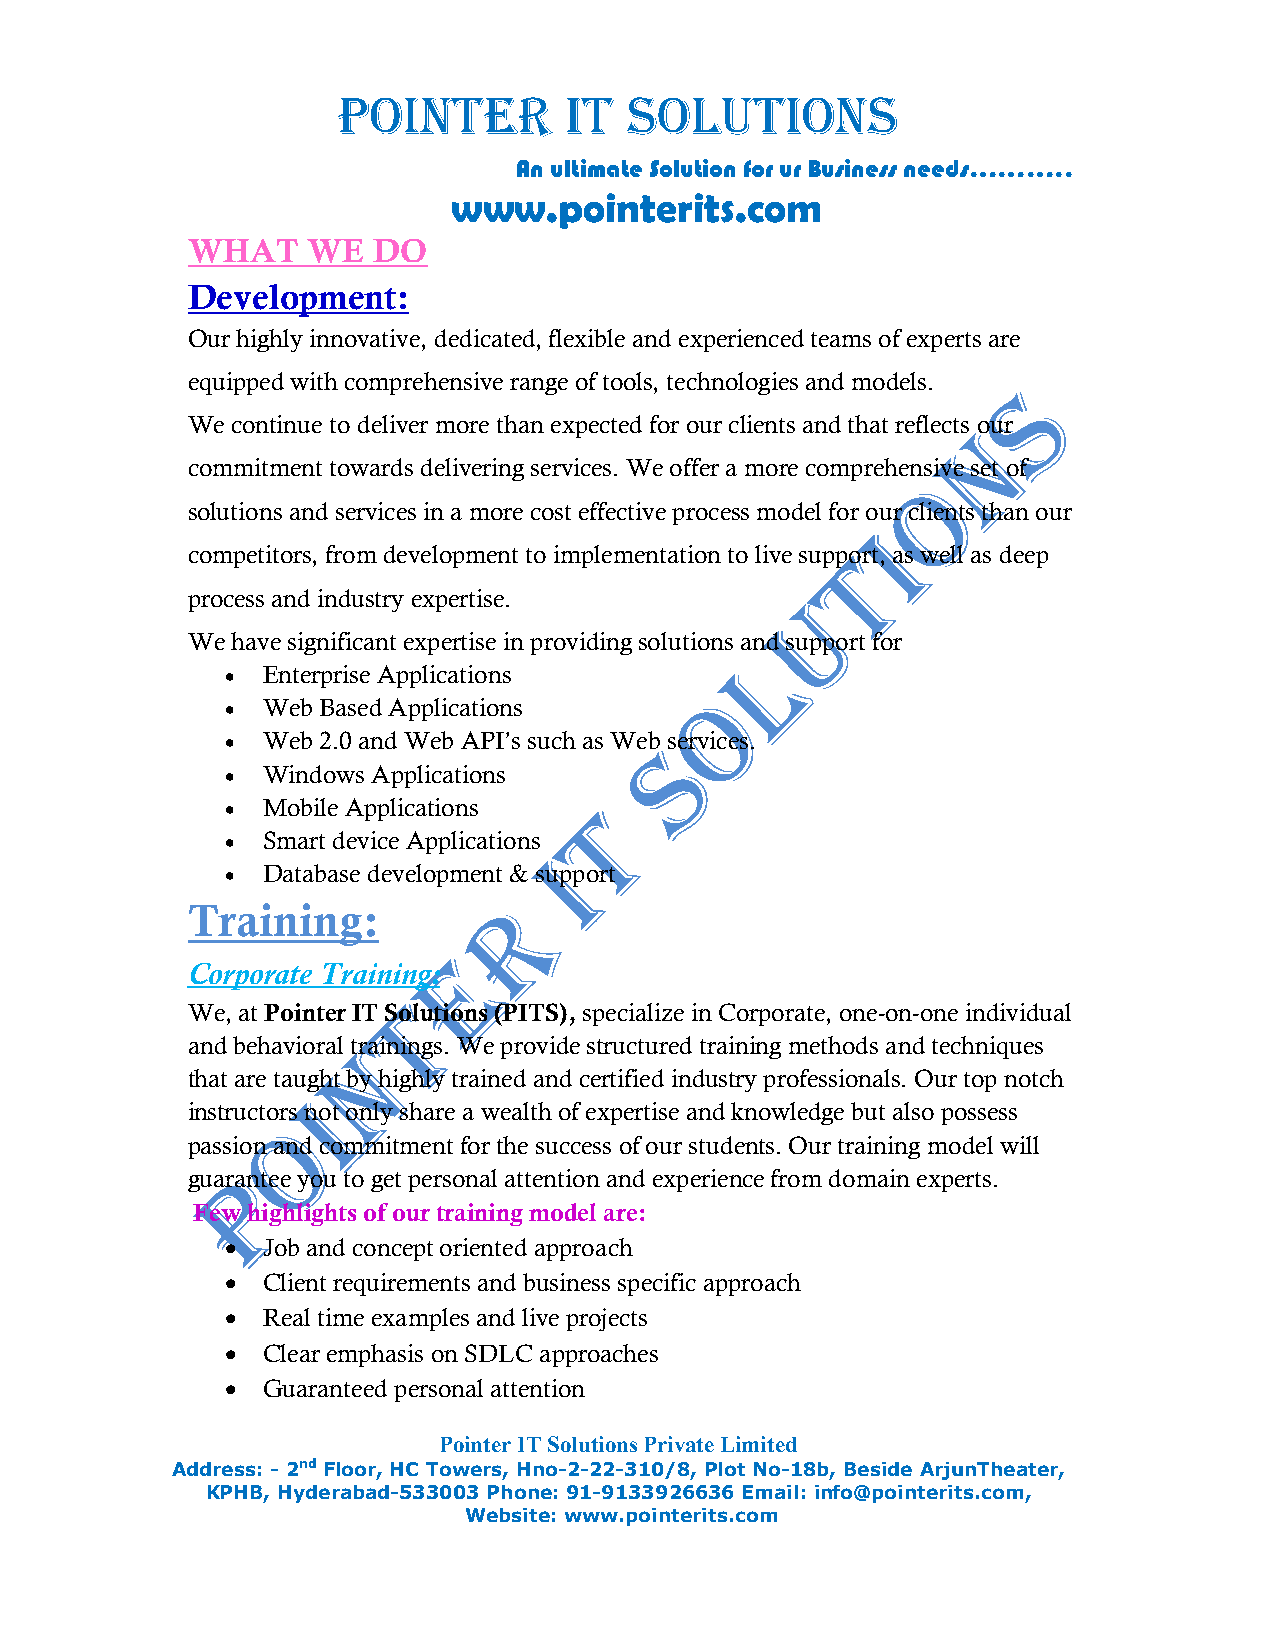
POINTER        IT   SOLUTIONS
 An ultimate Solution for ur Business needs………..
 www.pointerits.com
 WHAT    WE   DO
 Development:
 Our highly innovative, dedicated, flexible and experienced teams of experts are
 equipped with comprehensive range of tools, technologies and models.
 We continue to deliver more than expected for our clients and that reflects our
 commitment towards delivering services. We offer a more comprehensive set of
 solutions and services in a more cost effective process model for our clients than our
 competitors, from development to implementation to live support, as well as deep
 process and industry expertise.
 We have significant expertise in providing solutions and support for
 • Enterprise Applications
 • Web Based Applications
 • Web 2.0 and Web API’s such as Web services.
 • Windows Applications
 • Mobile Applications
 • Smart device Applications
 • Database development & support
 Training:
 Corporate Training:
 We, at Pointer IT Solutions (PITS), specialize in Corporate, one-on-one individual
 and behavioral trainings. We provide structured training methods and techniques
 that are taught by highly trained and certified industry professionals. Our top notch
 instructors not only share a wealth of expertise and knowledge but also possess
 passion and commitment for the success of our students. Our training model will
 guarantee you to get personal attention and experience from domain experts.
 Few highlights of our training model are:
 • Job and concept oriented approach
 • Client requirements and business specific approach
 • Real time examples and live projects
 • Clear emphasis on SDLC approaches
 • Guaranteed personal attention
 Pointer IT Solutions Private Limited
 Address: - 2nd Floor, HC Towers, Hno-2-22-310/8, Plot No-18b, Beside ArjunTheater,
 KPHB, Hyderabad-533003 Phone: 91-9133926636 Email: info@pointerits.com,
 Website: www.pointerits.com